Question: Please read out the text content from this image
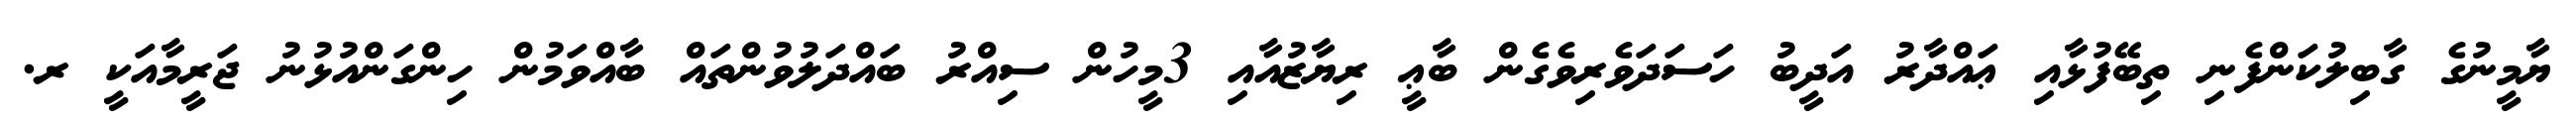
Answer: ޔާމީނުގެ ގާބިލުކަންފެނި ތިބޭފުޅާއި ޢައްދާރު އަދީބު ހަސަދަވެރިވެގެން ބާޢީ ރިޔާޒުއާއި 3މީހުން ސިއްރު ބައްދަލުވުންތައް ބާއްވަމުން ހިންގަންއުޅުނު ޖަރީމާއަކީ ރ.